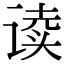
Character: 读